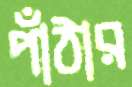
পাঁঠার